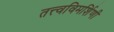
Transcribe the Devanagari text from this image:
तत्त्वविमर्शिणी